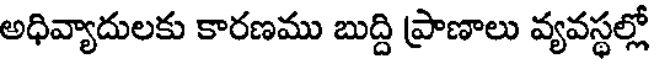
అధివ్యాదులకు కారణము బుద్ది ప్రాణాలు వ్యవస్థల్లో